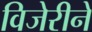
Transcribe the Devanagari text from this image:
विजेरीने